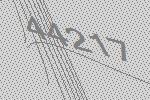
44217